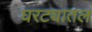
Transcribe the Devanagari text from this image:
घरट्यातल